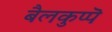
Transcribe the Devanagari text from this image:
बैलकुप्पॆ